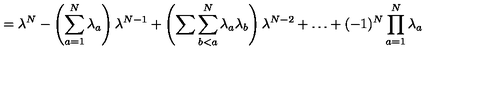
= \lambda ^ { N } - \left( \sum _ { a = 1 } ^ { N } \lambda _ { a } \right) \lambda ^ { N - 1 } + \left( \sum \sum _ { b < a } ^ { N } \lambda _ { a } \lambda _ { b } \right) \lambda ^ { N - 2 } + \dots + ( - 1 ) ^ { N } \prod _ { a = 1 } ^ { N } \lambda _ { a }